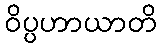
ဝိပ္ပဟာယာတိ